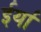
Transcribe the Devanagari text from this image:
ईर्या